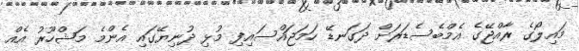
މައިލޯގެ ރާއްޖޭގެ އެމްބެސެޑަރަށް ދަގަނޑޭ ހަމަޖައްސައިފި މުޅި ދުނިޔޭގައި އެންމެ މަޝްހޫރު އެއް